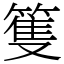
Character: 篗